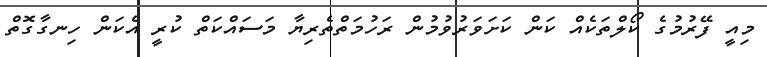
މިއީ ފޭރުމުގެ ކޯލްތަކެއް ކަން ކަށަވަރުވުމުން ރަހުމަަތްތެރިޔާ މަސައްކަތް ކުރީ އެކަން ހިނގާގޮތް